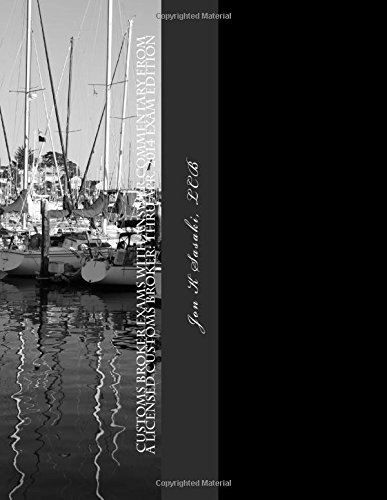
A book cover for Customs Broker Exams with Answer Commentary from a Licensed Customs Broker: Thru Apr. 2014 Exam Edition; Jon K Sasaki LCB; Business & Money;